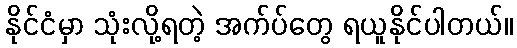
နိုင်ငံမှာ သုံးလို့ရတဲ့ အက်ပ်တွေ ရယူနိုင်ပါတယ်။